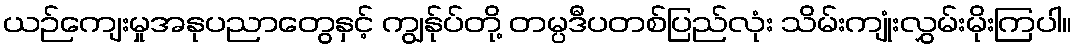
ယဉ်ကျေးမှုအနုပညာတွေနှင့် ကျွန်ုပ်တို့ တမ္ပဒီပတစ်ပြည်လုံး သိမ်းကျုံးလွှမ်းမိုးကြပါ။